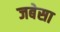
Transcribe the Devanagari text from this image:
जबेसा